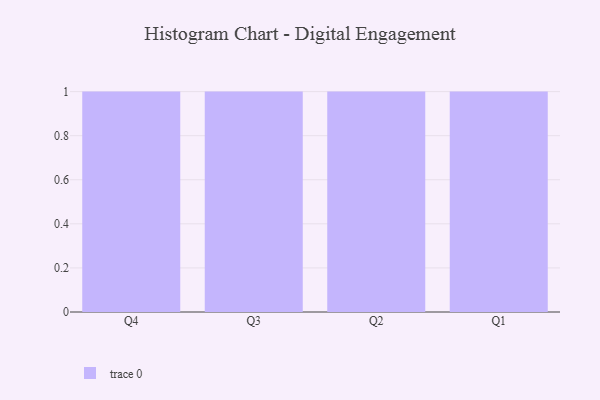
{"axis": {"x": "Quarter", "y": "Inventory Turnover"}, "legend": [""], "data": [{"x": "Q4", "y": 18, "type": ""}, {"x": "Q3", "y": 33, "type": ""}, {"x": "Q2", "y": 55, "type": ""}, {"x": "Q1", "y": 34, "type": ""}]}